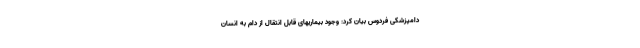
دامپزشکی فردوس بیان کرد: وجود بیماریهای قابل انتقال از دام به انسان